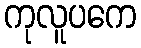
ကုလူပကေ